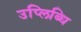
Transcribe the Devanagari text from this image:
उप्लिब्धि